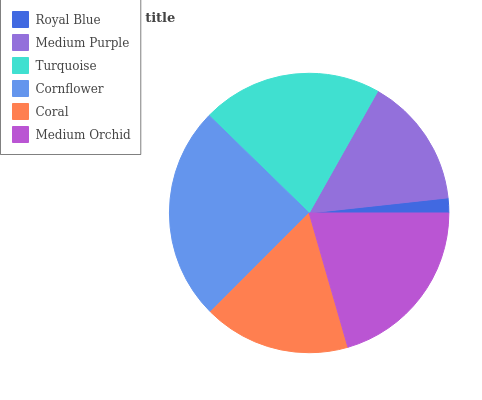
| Royal Blue | Medium Purple | Turquoise | Cornflower | Coral | Medium Orchid |
 | --- | --- | --- | --- | --- | --- |
 | 1.72% | 15.1% | 20.8% | 24.8% | 17% | 20.5% |